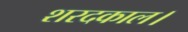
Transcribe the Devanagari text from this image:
शरदकाल।